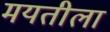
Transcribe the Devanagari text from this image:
मयतीला